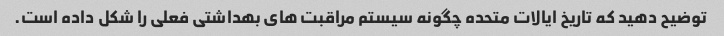
توضیح دهید که تاریخ ایالات متحده چگونه سیستم مراقبت های بهداشتی فعلی را شکل داده است.